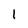
Character: 1